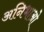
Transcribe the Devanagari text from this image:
अनिभाओ